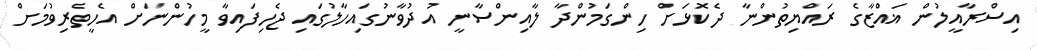
އިސްރާއީލުން ޣައްޒާގެ ރައްޔިތުންނާ ދެކޮޅަށް ހިންގަމުންދާ ލާއިންސާނީ އުދުވާނުގައިހާލުގައި ޖެހިފައިވާ މީހުންނަށް އެހީތެރިވުމަށް